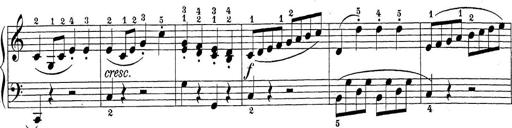
Title: Sonatina Album
Composer: Louis KÃ¶hler